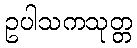
ဥပါသကသုတ္တ